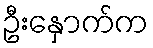
ဦးနှောက်က